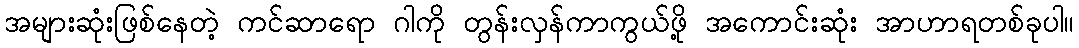
အများဆုံးဖြစ်နေတဲ့ ကင်ဆာရော ဂါကို တွန်းလှန်ကာကွယ်ဖို့ အကောင်းဆုံး အာဟာရတစ်ခုပါ။